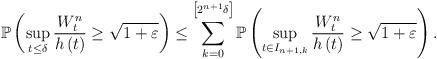
LaTeX: \begin{align*}\mathbb{P}\left( \sup_{t\leq\delta}\frac{W_{t}^{n}}{h\left( t\right) }\geq\sqrt{1+\varepsilon}\right) \leq\sum_{k=0}^{\left[ 2^{n+1}\delta\right] }\mathbb{P}\left( \sup_{t\in I_{n+1,k}}\frac{W_{t}^{n}}{h\left( t\right) }\geq\sqrt{1+\varepsilon}\right) . \end{align*}